Papaver somniferum - Opium : an extract from the sixth volume of the Dictionary of Economic Products of India
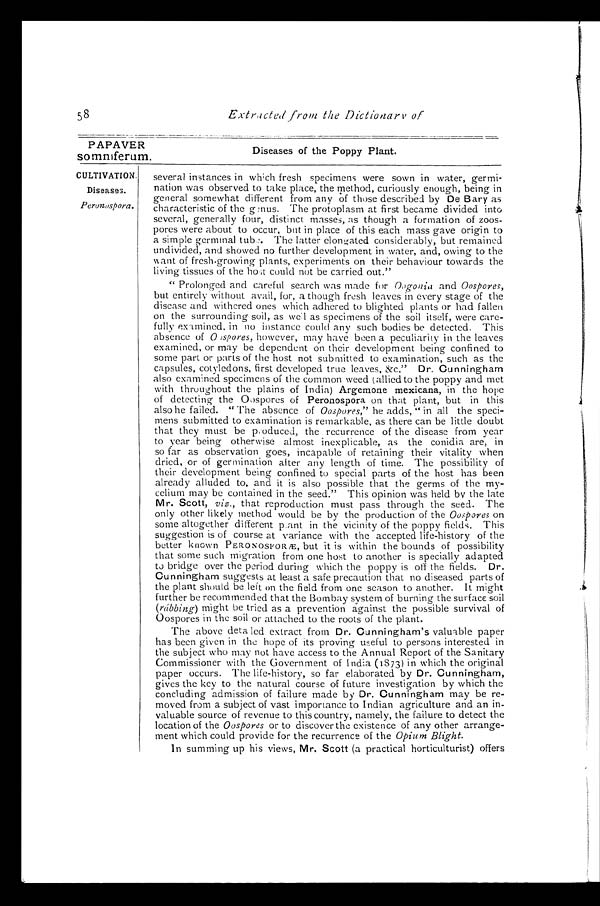
PAPAVER
somniferum.
Diseases of the Poppy Plant.
CULTIVATION.
Diseases.
Peronospora.
58
Extracted from the Dictionary of
several instances in which fresh specimens were sown in water, germi
-nation was observed to take place, the method, curiously enough, being in
general somewhat different from any of those described by De Bary as
characteristic of the genus. The protoplasm at first became divided into
several, generally four, distinct masses, as though a formation of zoos
-pores were about to occur, but in place of this each mass gave origin to
a simple germinal tube. The latter elongated considerably, but remained
undivided, and showed no further development in water, and, owing to the
want of fresh-growing plants, experiments on their behaviour towards the
living tissues of the host could not be carried out."
"Prolonged and careful search was made for Oogonia and Oospores,
but entirely without avail, for, a though fresh leaves in every stage of the
disease and withered ones which adhered to blighted plants or had fallen
on the surrounding soil, as well as specimens of the soil itself, were care
-fully examined, in no instance could any such bodies be detected. This
absence of Oospores, however, may have been a peculiarity in the leaves
examined, or may be dependent on their development being confined to
some part or parts of the host not submitted to examination, such as the
capsules, cotyledons, first developed true leaves, &c." Dr. Ounningham
also examined specimens of the common weed (allied to the poppy and met
with throughout the plains of India) Argemone mexicana, in the hope
of detecting the Oospores of Peronospora on that plant, but in this
also he failed. "The absence of Oospores, " he adds, "in all the speci--
mens submitted to examination is remarkable, as there can be little doubt
that they must be produced, the recurrence of the disease from year
to year being otherwise almost inexplicable, as the conidia are, in
so far as observation goes, incapable of retaining their vitality when
dried, or of germination after any length of time. The possibility of
their development being confined to special parts of the host has been
already alluded to, and it is also possible that the germs of the my
-celium may be contained in the seed." This opinion was held by the late
Mr. Scott, viz., that reproduction must pass through the seed. The
only other likely method would be by the production of the Oospores on
some altogether different plant in the vicinity of the poppy fields, This
suggestion is of course at variance with the accepted life-history of the
better known PERONOSFOR Æ, but it is within the bounds of possibility
that some such migration from one host to another is specially adapted
to bridge over the period during which the poppy is off the fields. Dr.
Cunningham suggests at least a safe precaution that no diseased parts of
the plant should be left on the field from one season to another. It might
further be recommended that the Bombay system of burning the surface soil
( rábbing) might be tried as a prevention against the possible survival of
Oospores in the soil or attached to the roots of the plant.
The above detaled extract from Dr. Ounningham's valuable paper
has been given in the hope of its proving useful to persons interested in
the subject who may not have access to the Annual Report of the Sanitary
Commissioner with the Government of India (1873) in which the original
paper occurs. The life-history, so far elaborated by Dr. Ounningham,
gives the key to the natural course of future investigation by which the
concluding admission of failure made by Dr. Ounningham may be re
-moved from a subject of vast importance to Indian agriculture and an in--
valuable source of revenue to this country, namely, the failure to detect the
location of the Oospores or to discover the existence of any other arrange--
ment which could provide for the recurrence of the Opium Blight.
In summing up his views, Mr. Scott (a practical horticulturist) offers